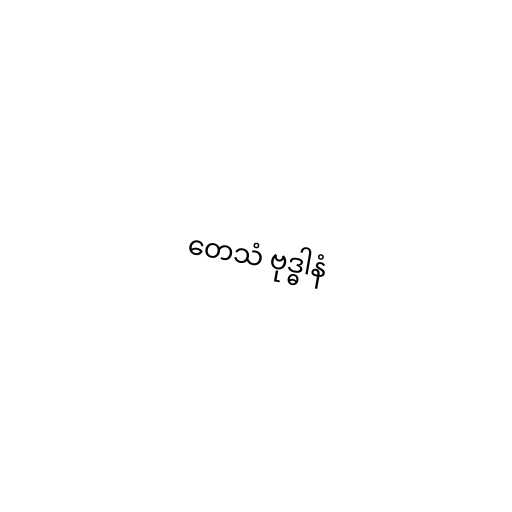
တေသံ ဗုဒ္ဓါနံ